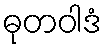
ဓုတဝါဒံ